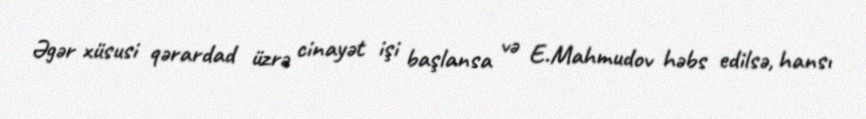
Əgər xüsusi qərardad üzrə cinayət işi başlansa və E.Mahmudov həbs edilsə, hansı